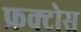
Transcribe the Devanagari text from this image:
फ्रक्टोस